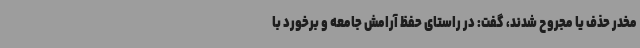
مخدر حذف یا مجروح شدند، گفت: در راستای حفظ آرامش جامعه و برخورد با